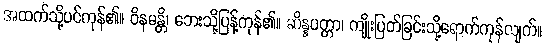
အထက်သို့ပင်ကုန်၏။ ဝိနမန္တိ၊ ဘေးသို့ပြန့်ကုန်၏။ ဆိန္နပတ္တာ၊ ကျိုးပြတ်ခြင်းသို့ရောက်ကုန်လျက်။